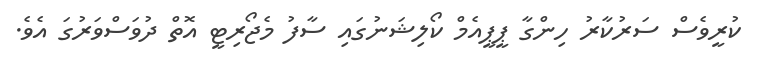
ކުރީވެސް ސަރުކާރު ހިންގާ ޕީޕީއެމް ކޯލިޝަނުގައި ސާފު މެޖޯރިޓީ އޮތް ދުވަސްވަރުގަ އެވެ.